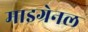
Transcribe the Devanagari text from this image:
माइग्रेनल